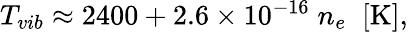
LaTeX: \begin{array}{r}{T_{vib}\approx 2400+2.6\times 10^{-16}\; n_{e}\; \; \mathrm{[K]},}\end{array}